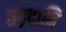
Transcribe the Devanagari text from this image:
तद्वदामि